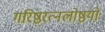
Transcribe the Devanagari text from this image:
गरिष्ठरत्नलोष्ठयोः